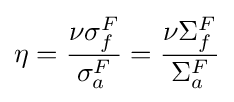
\eta ={\frac {\nu \sigma _{f}^{F}}{\sigma _{a}^{F}}}={\frac {\nu \Sigma _{f}^{F}}{\Sigma _{a}^{F}}}